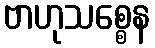
ဗာဟုသစ္စေန